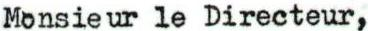
Monsieur le Directeur,